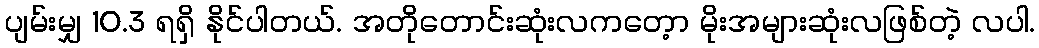
ပျမ်းမျှ 10.3 ရရှိ နိုင်ပါတယ်. အတိုတောင်းဆုံးလကတေ့ာ မိုးအများဆုံးလဖြစ်တဲ့ လပါ.